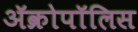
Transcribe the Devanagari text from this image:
ॲक्रोपॉलिस